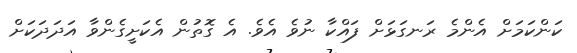
ކަންކަމަށް އެންމެ ރަނގަޅަށް ފައްކާ ނުވެ އެވެ. އެ ގޮތުން އެކަށީގެންވާ އަދަދަކަށް